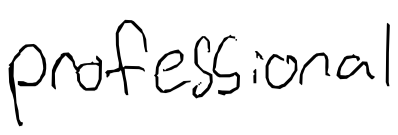
Text: professional
Cross-out: clean
Writing tool: digital_black